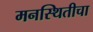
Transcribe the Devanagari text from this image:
मनस्थितीचा